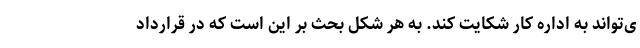
ی‌تواند به اداره کار شکایت کند. به هر شکل بحث بر این است که در قرارداد